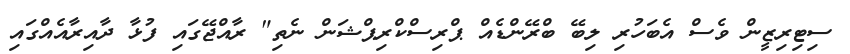
ސިޓިރިޒީން ވެސް އެބަހުރި ލިބޭ ބްރޭންޑެއް ޕްރިސްކްރިޕްޝަން ނެތި" ރާއްޖޭގައި ފުޅާ ދާއިރާއެއްގައި